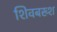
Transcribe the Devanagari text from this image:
शिवबख्श